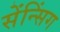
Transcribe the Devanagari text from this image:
सेंन्सिंग